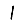
Digit: 1